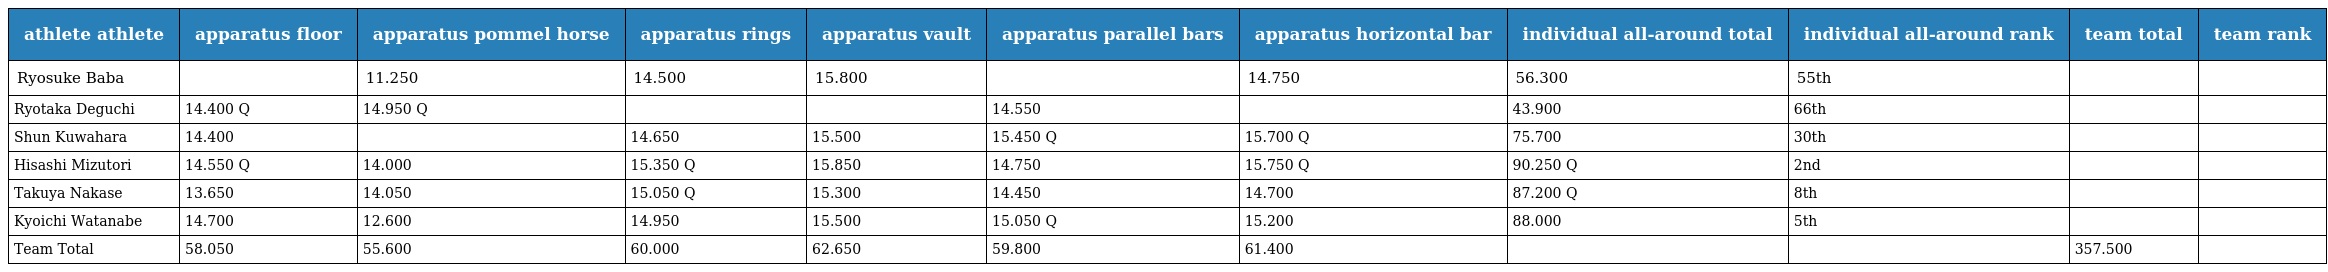
| athlete athlete | apparatus floor | apparatus pommel horse | apparatus rings | apparatus vault | apparatus parallel bars | apparatus horizontal bar | individual all-around total | individual all-around rank | team total | team rank |
 | --- | --- | --- | --- | --- | --- | --- | --- | --- | --- | --- |
 | Ryosuke Baba |  | 11.250 | 14.500 | 15.800 |  | 14.750 | 56.300 | 55th |  |  |
 | Ryotaka Deguchi | 14.400 Q | 14.950 Q |  |  | 14.550 |  | 43.900 | 66th |  |  |
 | Shun Kuwahara | 14.400 |  | 14.650 | 15.500 | 15.450 Q | 15.700 Q | 75.700 | 30th |  |  |
 | Hisashi Mizutori | 14.550 Q | 14.000 | 15.350 Q | 15.850 | 14.750 | 15.750 Q | 90.250 Q | 2nd |  |  |
 | Takuya Nakase | 13.650 | 14.050 | 15.050 Q | 15.300 | 14.450 | 14.700 | 87.200 Q | 8th |  |  |
 | Kyoichi Watanabe | 14.700 | 12.600 | 14.950 | 15.500 | 15.050 Q | 15.200 | 88.000 | 5th |  |  |
 | Team Total | 58.050 | 55.600 | 60.000 | 62.650 | 59.800 | 61.400 |  |  | 357.500 |  |